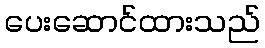
ပေးဆောင်ထားသည်